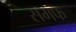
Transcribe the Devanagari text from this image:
समफ